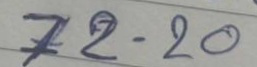
72 = 20